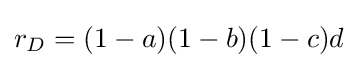
r_{D}=(1-a)(1-b)(1-c)d